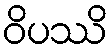
ဝိပဿိ